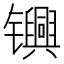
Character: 𬮀